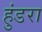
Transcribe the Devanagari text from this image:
हुंडरा